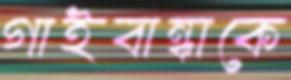
গাইবান্ধাকে